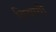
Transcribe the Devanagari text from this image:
विद्यायी